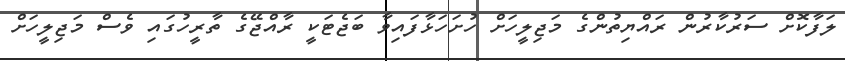
ލަފާކޮށް ސަރުކާރުން ރައްޔިތުންގެ މަޖިލީހަށް ހުށަހަޅާފައިވާ ބަޖެޓަކީ ރާއްޖޭގެ ތާރީހުގައި ވެސް މަޖިލީހަށް